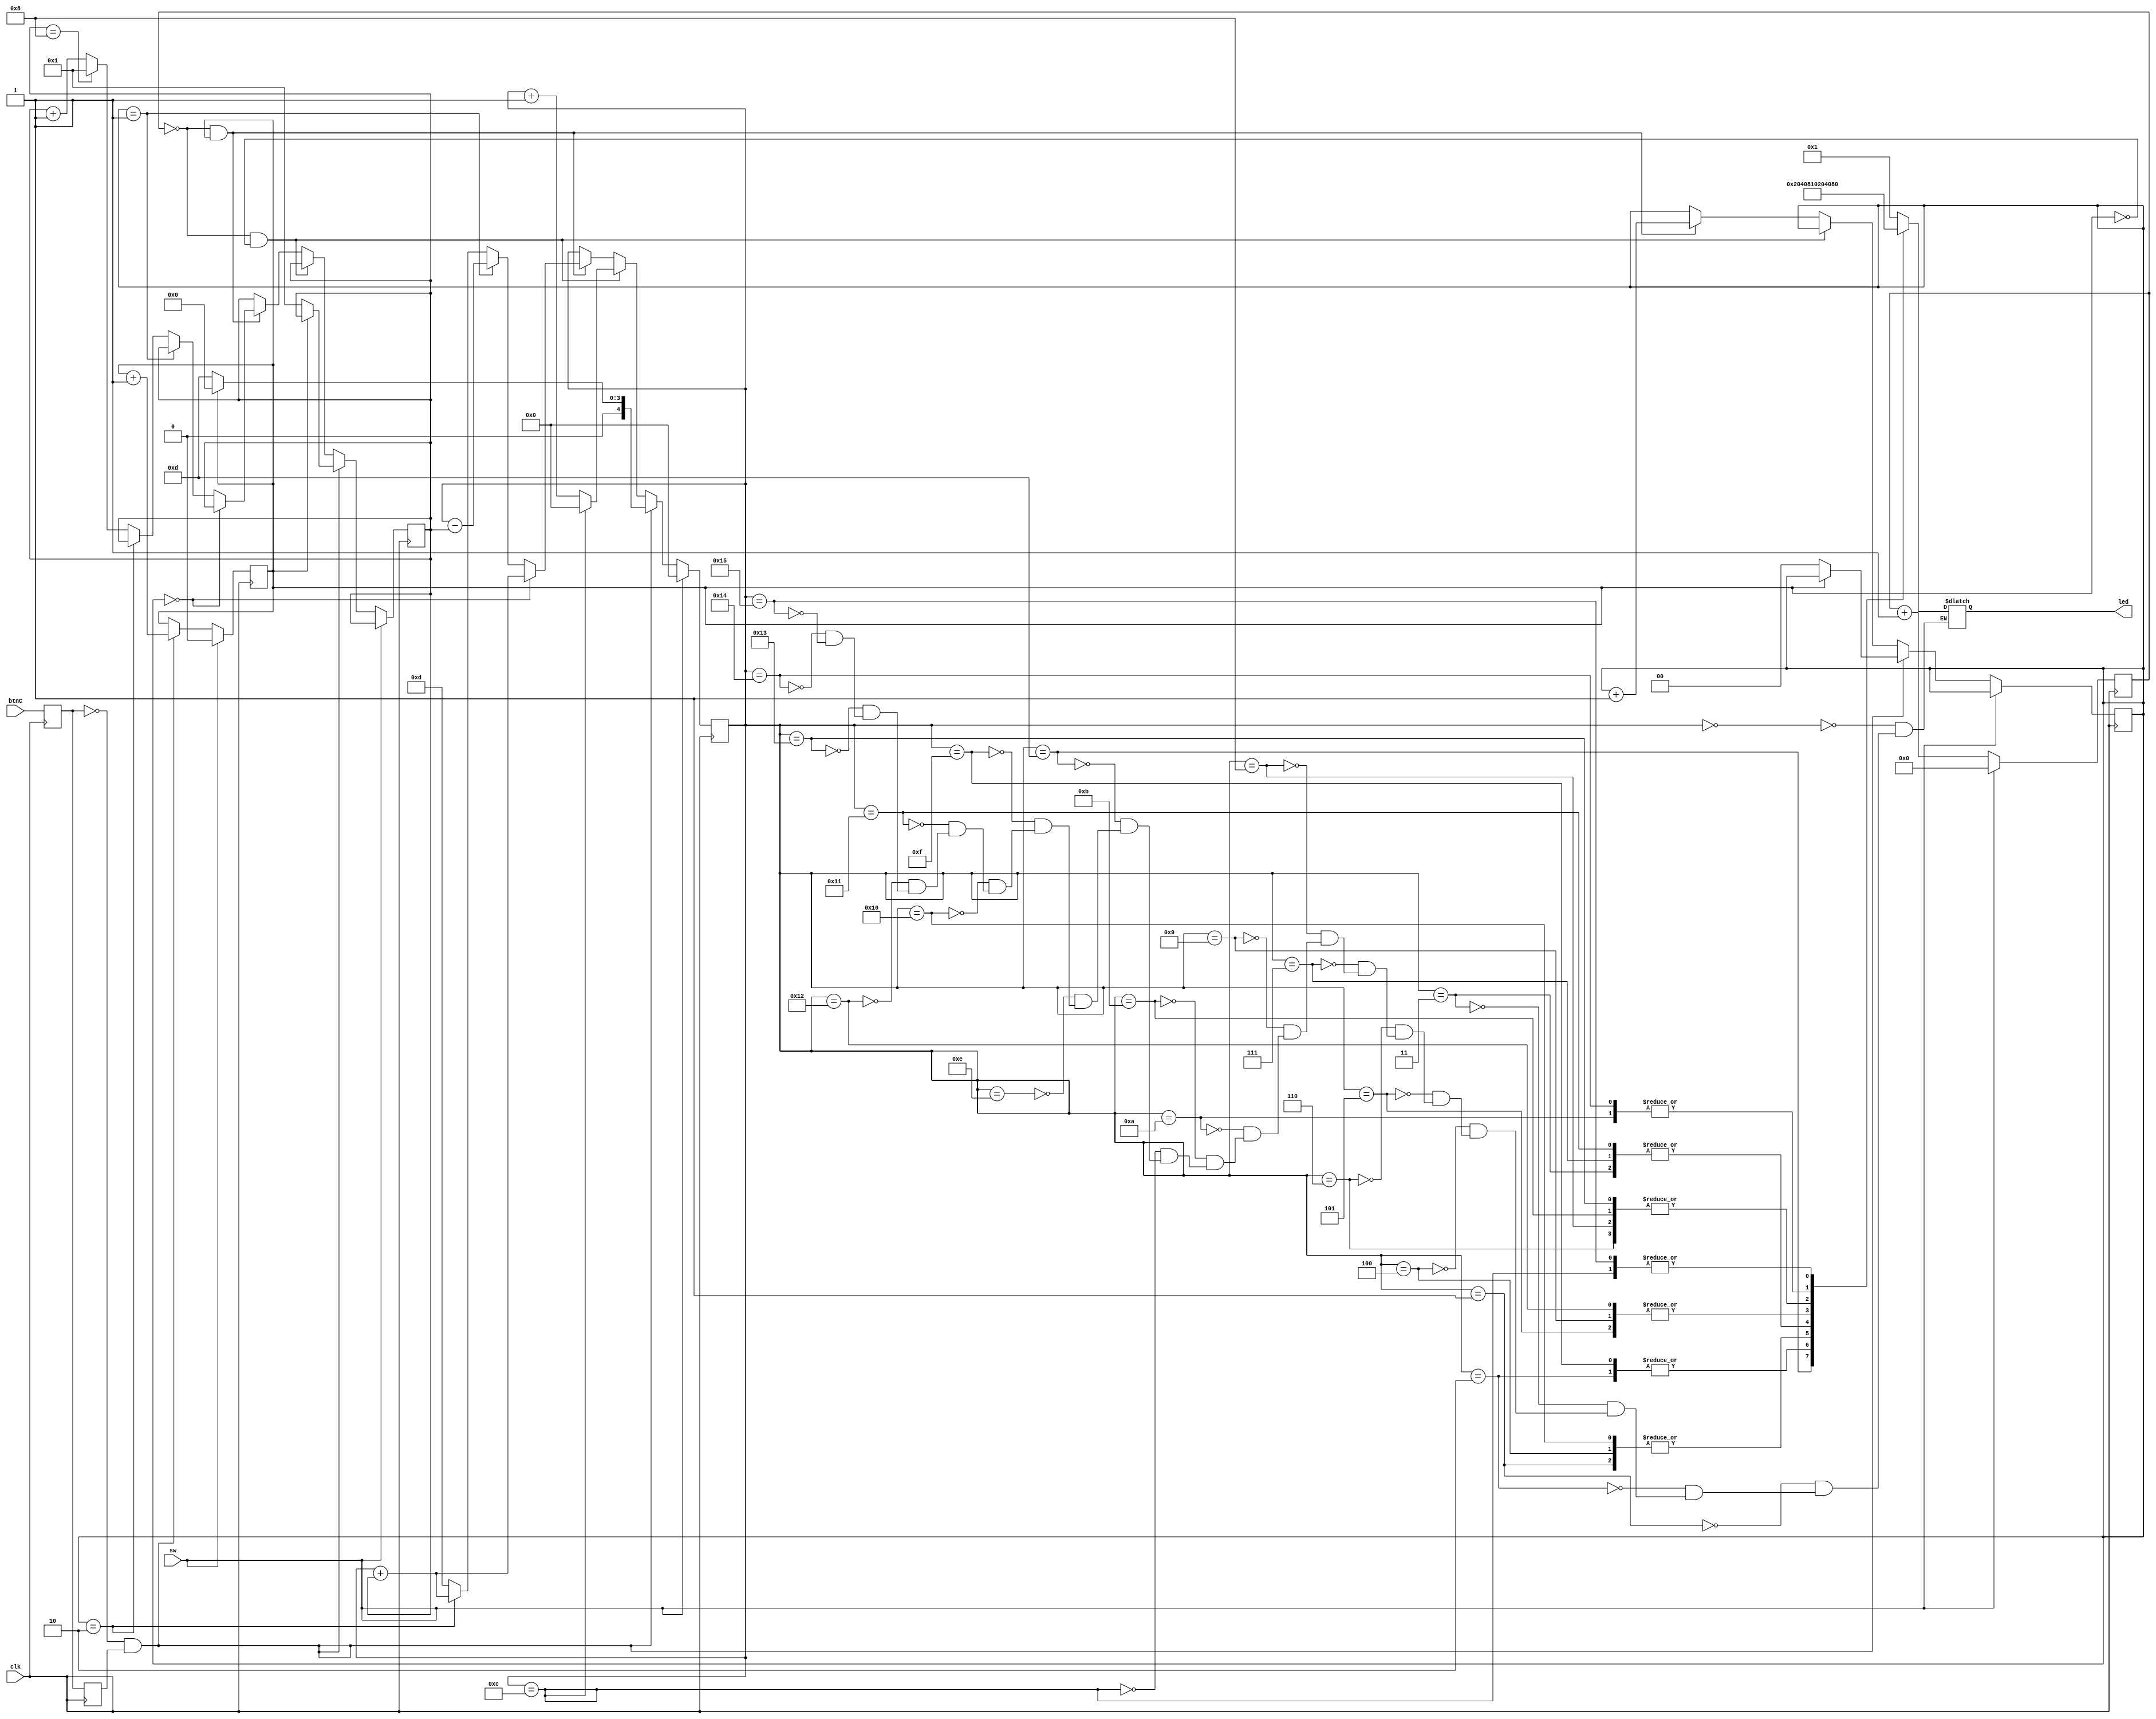
module counter(clk, sw, btnC, led);
input	clk;
input [0:0] sw;
input btnC;
output [7:0] 	led;

reg [24:0] 	delay_counter;		//counts to roughly 8 million
wire		twenty_ms_enable=(delay_counter==0);	//one cycle pulse every 8 million cycles
reg [7:0]	led;
reg [0:0] 	state;

reg [4:0]	s1;

reg [3:0]	counter;
initial 	counter = 0;
reg [1:0]	step;
initial 	step = 0;

reg		btn1;
reg		btn2;

always @(posedge clk) btn1 <= btnC;
always @(posedge clk) btn2 <= btn1;

wire in_click = !btn1 && btn2;

always @(posedge clk)
	if(sw[0:0])		delay_counter <= 0;
	else			delay_counter <= delay_counter+1;

always @(posedge clk)
	if(sw[0:0]) begin
			s1 <= 0;
			state <= 0;
	end
	
	else if(in_click) begin
		state <= state + 1;
		if (state == 0) begin
			s1 <= 13;
			step <= 0;
			counter <= 1;
		end
		else 	s1 <= 0;
	end

	else if(twenty_ms_enable && !state) begin
		if(s1 == 12)	    s1 <= 0;
		else		    s1 <= s1 + 1;
	end

	else if(twenty_ms_enable && state) begin	
		if (step == 0) begin
			s1 <= s1 + counter;
			step <= step + 1;
		end

		else if (step == 1) begin
			s1 <= s1 - counter;
			step <= step + 1;
		end

		else if (step == 2) begin
			s1 <= s1 + counter;
			step <= step + 1;
		end

		else begin	
			s1 <= 13;
			step <= step + 1;
			if (counter == 8)	counter <= 1;
			else 			counter <= counter + 1;
		end
	end

	else begin
		s1 <= s1;
	end
		

always @(s1)
	case(s1)
		0:			led <= 8'b0000_0001;
		1:			led <= 8'b0000_0100;
		2:			led <= 8'b0000_0010;
		3:			led <= 8'b0000_1000;
		4:			led <= 8'b0000_0100;
		5:			led <= 8'b0001_0000;
		6:			led <= 8'b0010_0000;
		7:			led <= 8'b0000_1000;
		8:			led <= 8'b0010_0000;
		9:			led <= 8'b0001_0000;
		10:			led <= 8'b0100_0000;
		11:			led <= 8'b0010_0000;
		12:			led <= 8'b1000_0000;
		13:			led <= 8'b0000_0000;
		14:			led <= 8'b0000_0001;
		15:			led <= 8'b0000_0010;
		16:			led <= 8'b0000_0100;
		17:			led <= 8'b0000_1000;
		18:			led <= 8'b0001_0000;
		19:			led <= 8'b0010_0000;
		20:			led <= 8'b0100_0000;
		21:			led <= 8'b1000_0000;
	endcase

endmodule